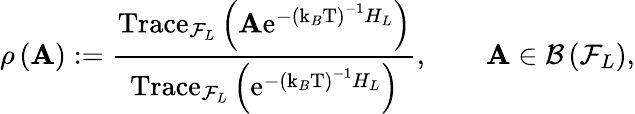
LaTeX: \rho\left(\mathbf{A}\right):=\frac{{\mathrm{{Trace}}_{\mathcal{{F}}_{L}}\left(\mathbf{A}\mathrm{{e}}^{-\left(\mathrm{{k}}_{B}\mathrm{{T}}\right)^{-1}H_{L}}\right)}}{{\mathrm{{Trace}}_{\mathcal{{F}}_{L}}\left(\mathrm{{e}}^{-\left(\mathrm{{k}}_{B}\mathrm{{T}}\right)^{-1}H_{L}}\right)}},\qquad\mathbf{A}\in\mathcal{{B}}\left(\mathcal{{F}}_{L}\right),